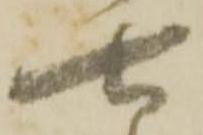
七